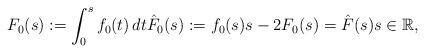
LaTeX: \begin{align*}F_0(s):=\displaystyle\int_{0}^{s}f_0(t)\,dt \hat{F}_0(s) := f_0(s)s - 2F_0(s) = \hat{F}(s) s \in \mathbb{R},\end{align*}